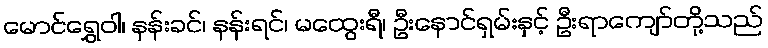
မောင်ရွှေဝါ၊ နန်းခင်၊ နန်းရင်၊ မထွေးရီ၊ ဦးနောင်ရှမ်းနှင့် ဦးရာကျော်တို့သည်